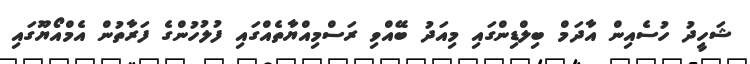
ޝަހީދު ހުސެއިން އާދަމް ބިލްޑިންގައި މިއަދު ބޭއްވި ރަސްމިއްޔާތެއްގައި ފުލުހުންގެ ފަރާތުން އެމްއޯޔޫގައި